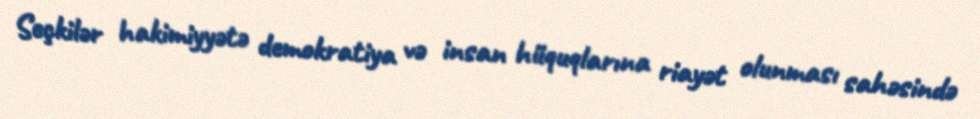
Seçkilər hakimiyyətə demokratiya və insan hüquqlarına riayət olunması sahəsində